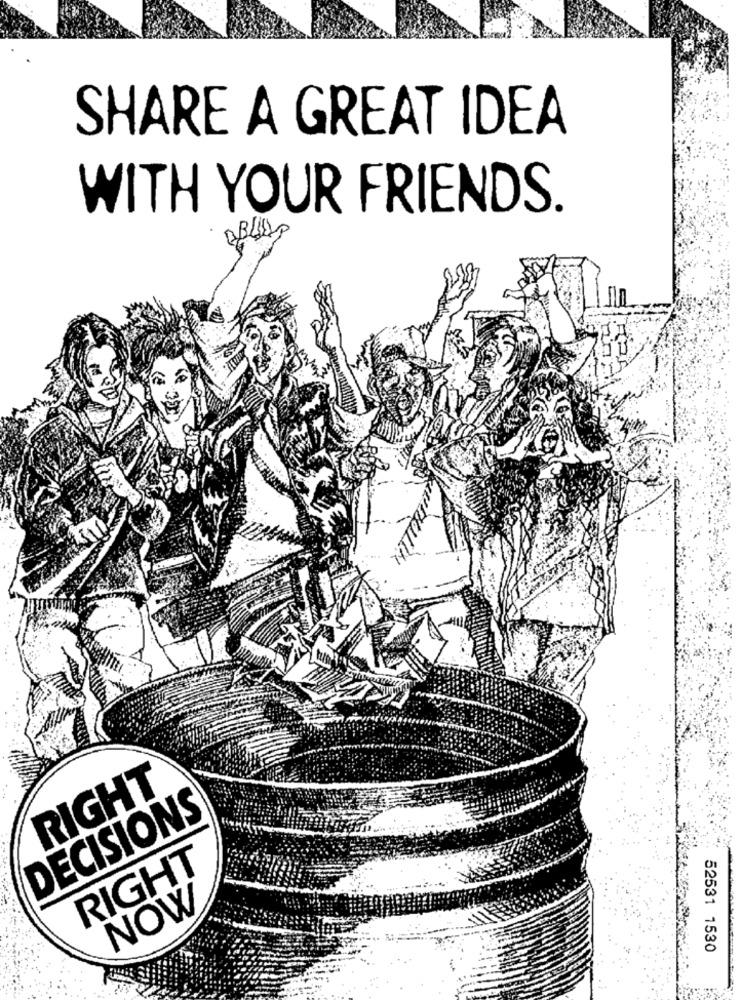
SHARE A GREAT IDEA
WITH YOUR FRIENDS.
RIGHT
DECISIONS
RIGHT
NOW
52531 1530